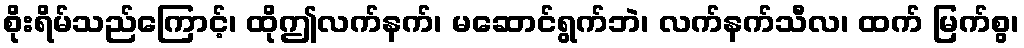
စိုးရိမ်သည်ကြောင့်၊ ထိုဤလက်နက်၊ မဆောင်ရွက်ဘဲ၊ လက်နက်သီလ၊ ထက် မြက်စွ၊